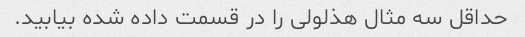
حداقل سه مثال هذلولی را در قسمت داده شده بیابید.